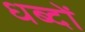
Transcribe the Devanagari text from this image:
धब्दों